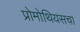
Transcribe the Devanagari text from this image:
प्रोमोथियसचा